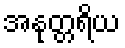
အနုတ္တရိယ